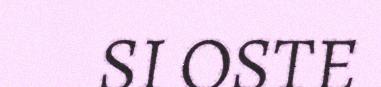
SI OSTE